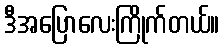
ဒီအပြောလေးကြိုက်တယ်။